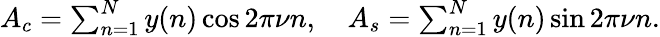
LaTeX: \begin{array}{r}{A_{c}=\sum_{n=1}^{N}y(n)\cos 2\pi\nu n,\quad A_{s}=\sum_{n=1}^{N}y(n)\sin 2\pi\nu n.}\end{array}